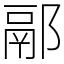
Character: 䣓